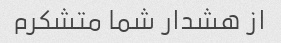
از هشدار شما متشکرم